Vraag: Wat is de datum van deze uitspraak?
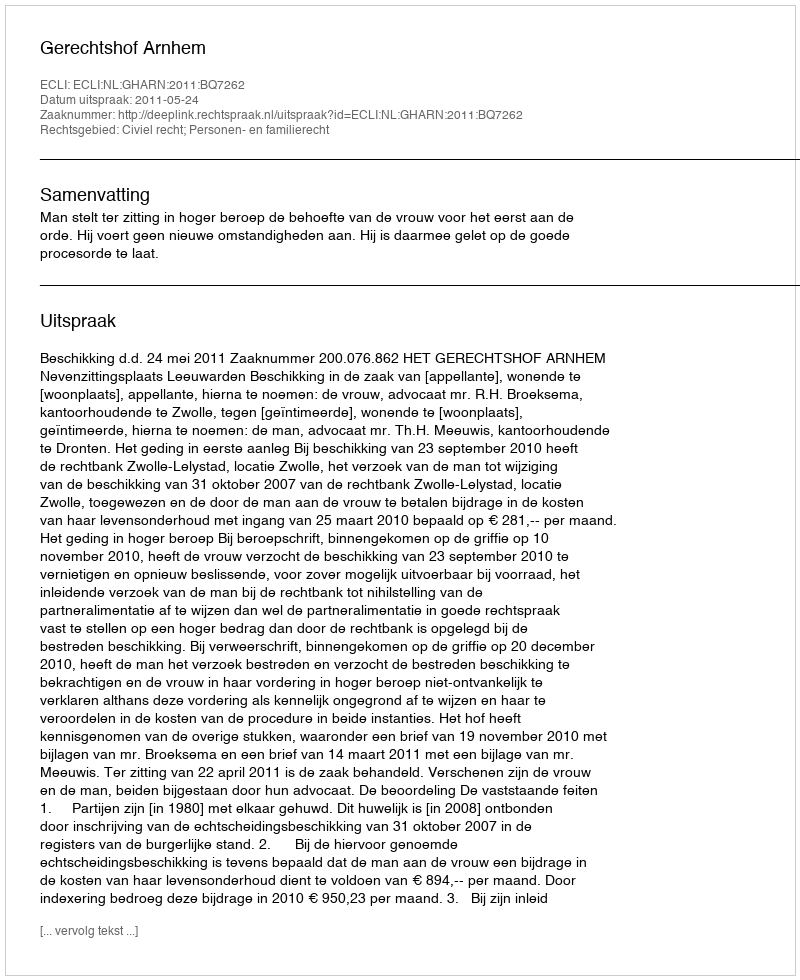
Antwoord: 2011-05-24